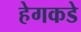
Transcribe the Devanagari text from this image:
हेगकडे